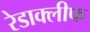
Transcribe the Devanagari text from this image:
रेडाक्लीफ